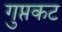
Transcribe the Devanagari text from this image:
गुप्तकट